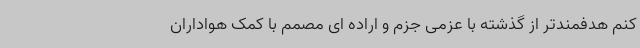
کنم هدفمندتر از گذشته با عزمی جزم و اراده ای مصمم با کمک هواداران